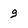
Character: 9